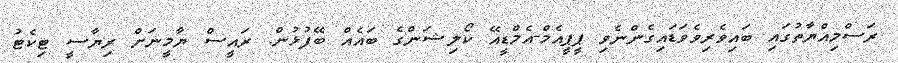
ރަސްމިއްޔާތުގައި ބައިވެރިވެވަޑައިގެންނެވި ޕީޕީއެމް-އެމްޑީއޭ ކޯލިޝަންގެ ބައެއް ބޭފުޅުން. ރައީސް ޔާމީނަށް ރިޔާސީ ޓިކެޓު